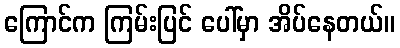
ကြောင်က ကြမ်းပြင် ပေါ်မှာ အိပ်နေတယ်။